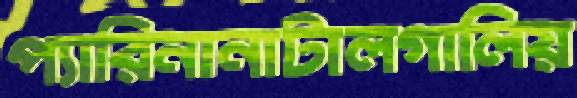
প্যারিনানাটালগালিয়